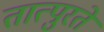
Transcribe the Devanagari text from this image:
तात्पुरतेे